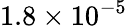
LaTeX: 1.8\times 10^{-5}